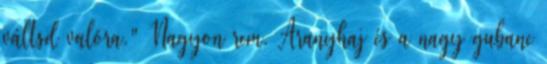
váltsd valóra." Nagyon rem. Aranyhaj és a nagy gubanc